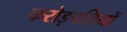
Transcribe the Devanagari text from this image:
करोड़पतियों